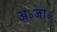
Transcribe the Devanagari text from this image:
अ॰जा॰